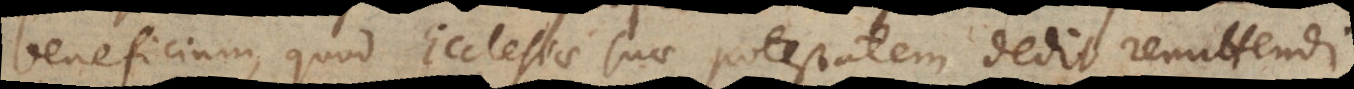
beneficium, quod Ecclesiae suae potestatem dedit remittendi